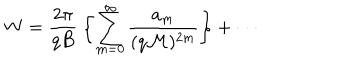
LaTeX: W = \frac { 2 \pi } { q B } \: \biggl \{ \sum _ { m = 0 } ^ { \infty } \frac { a _ { m } } { ( q { \cal M } ) ^ { 2 m } } \biggr \} + \cdots